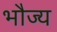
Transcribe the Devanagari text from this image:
भौज्य